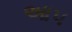
આપ